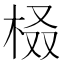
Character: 𣑚